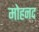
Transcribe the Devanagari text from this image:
मोहनद